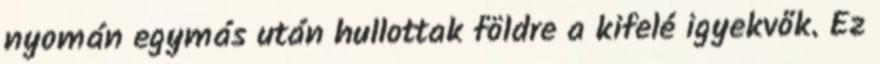
nyomán egymás után hullottak földre a kifelé igyekvők. Ez